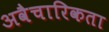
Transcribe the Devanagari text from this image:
अवैचारिकता